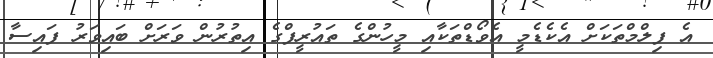
އެ ފިލްމްތަކަށް އެކެޑެމީ އެވޯޑްތަކާއި މީހުންގެ ތައުރީފްގެ އިތުރުން ވަރަށް ބައިވަރު ފައިސާ